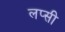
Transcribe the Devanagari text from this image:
लप्सी